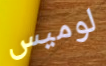
لوميس